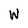
Character: W